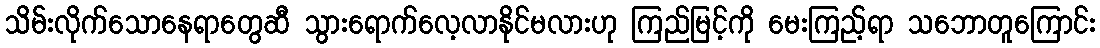
သိမ်းလိုက်သောနေရာတွေဆီ သွားရောက်လေ့လာနိုင်မလားဟု ကြည်မြင့်ကို မေးကြည့်ရာ သဘောတူကြောင်း